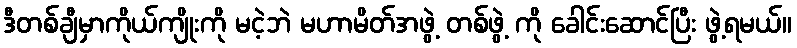
ဒီတစ်ချီမှာကိုယ်ကျိုးကို မငဲ့ဘဲ မဟာမိတ်အဖွဲ့ တစ်ဖွဲ့ ကို ခေါင်းဆောင်ပြီး ဖွဲ့ရမယ်။